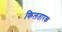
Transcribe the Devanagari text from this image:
किलतारक